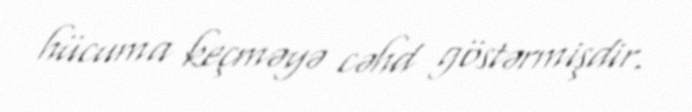
hücuma keçməyə cəhd göstərmişdir.